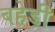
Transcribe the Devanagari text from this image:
बहेड़ी